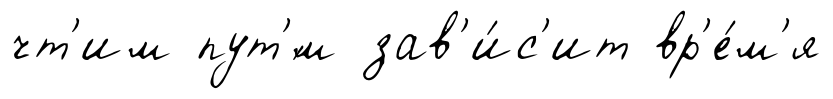
чт'им пут'́м зав'и́с'ит вр'е́м'я